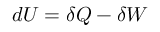
d U = \delta Q - \delta W